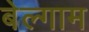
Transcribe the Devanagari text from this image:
बेल्गाम